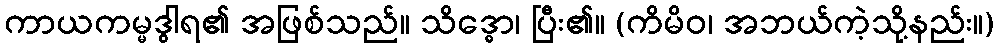
ကာယကမ္မဒွါရ၏ အဖြစ်သည်။ သိဒ္ဓော၊ ပြီး၏။ (ကိမိဝ၊ အဘယ်ကဲ့သို့နည်း။)